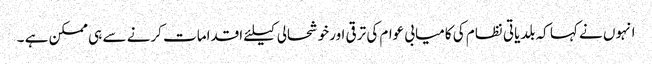
انہوں نے کہا کہ بلدیاتی نظام کی کامیابی عوام کی ترقی اورخوشحالی کیلئے اقدامات کرنے سے ہی ممکن ہے ۔